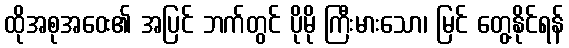
ထိုအစုအဝေး၏ အပြင် ဘက်တွင် ပိုမို ကြီးမားသော၊ မြင် တွေ့နိုင်ရန်